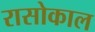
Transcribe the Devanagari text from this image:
रासोकाल